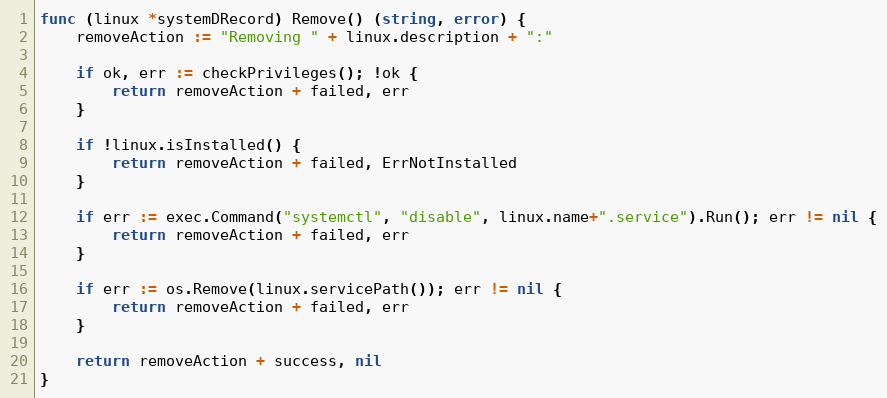
Language: Go
func (linux *systemDRecord) Remove() (string, error) {
	removeAction := "Removing " + linux.description + ":"

	if ok, err := checkPrivileges(); !ok {
		return removeAction + failed, err
	}

	if !linux.isInstalled() {
		return removeAction + failed, ErrNotInstalled
	}

	if err := exec.Command("systemctl", "disable", linux.name+".service").Run(); err != nil {
		return removeAction + failed, err
	}

	if err := os.Remove(linux.servicePath()); err != nil {
		return removeAction + failed, err
	}

	return removeAction + success, nil
}